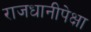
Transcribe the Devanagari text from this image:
राजधानीपेक्षा